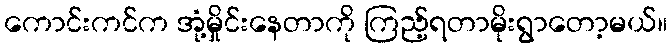
ကောင်းကင်က အုံ့မှိုင်းနေတာကို ကြည့်ရတာမိုးရွာတော့မယ်။